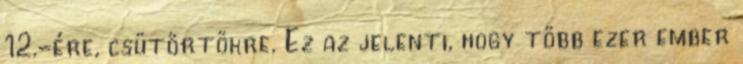
12.-ére, csütörtökre. Ez az jelenti, hogy több ezer ember